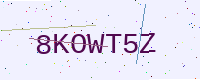
Text: 8KOWT5Z